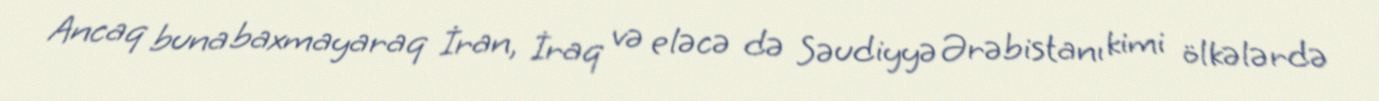
Ancaq buna baxmayaraq İran, İraq və eləcə də Səudiyyə Ərəbistanı kimi ölkələrdə